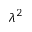
\lambda ^ { 2 }